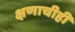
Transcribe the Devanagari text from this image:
क्षणाचीही